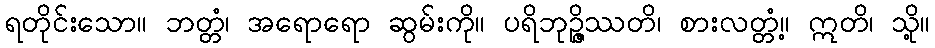
ရတိုင်းသော။ ဘတ္တံ၊ အရောရော ဆွမ်းကို။ ပရိဘုဉ္ဇိဿတိ၊ စားလတ္တံ့။ ဣတိ၊ သို့။